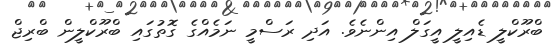
ބްރޫކްލީ ޑެއިލީ އީގަލް އިންނެވެ. އަދި ރަސްމީ ނަމެއްގެ ގޮތުގައި ބްރޫކްލީން ބްރިޖް